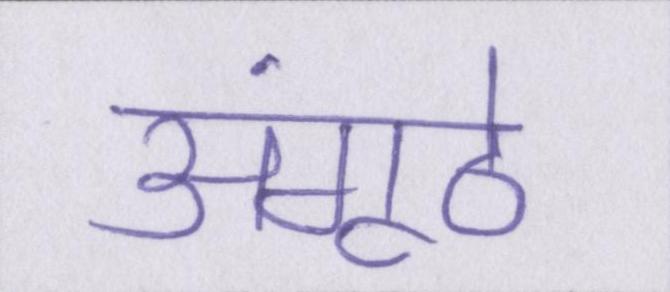
अंगूठे